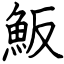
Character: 魬